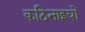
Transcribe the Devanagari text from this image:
कठिनाइयोें